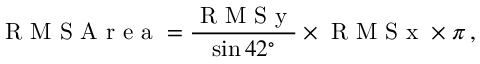
\textrm { R M S A r e a } = \frac { \textrm { R M S y } } { \sin 4 2 ^ { \circ } } \times \textrm { R M S x } \times \pi \, ,